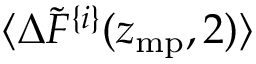
\langle \Delta \tilde { F } ^ { \{ i \} } ( z _ { \mathrm { m p } } , 2 ) \rangle